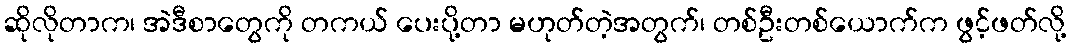
ဆိုလိုတာက၊ အဲဒီစာတွေကို တကယ် ပေးပို့တာ မဟုတ်တဲ့အတွက်၊ တစ်ဦးတစ်ယောက်က ဖွင့်ဖတ်လို့